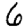
Digit: 6